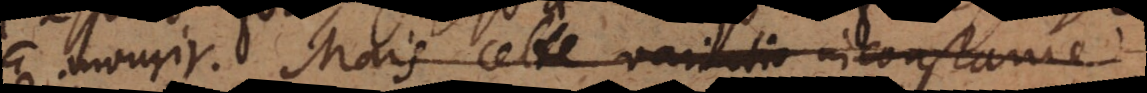
mourir. Mais cette variatio inconstance